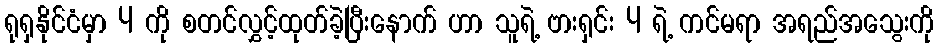
ရုရှနိုင်ငံမှာ 4 ကို စတင်လွှင့်ထုတ်ခဲ့ပြီးနောက် ဟာ သူရဲ့ ဗားရှင်း 4 ရဲ့ ကင်မရာ အရည်အသွေးကို